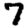
Digit: 7